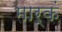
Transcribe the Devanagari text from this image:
मार्कं